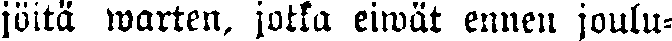
jöitä warten, jotka eiwät ennen joulu-